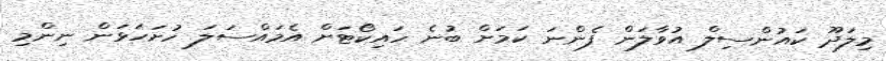
މިލަދޫ ކައުންސިލް އުވާލަން ފެންނަ ކަމަށް ބުނެ ހައިކޯޓަށް އެމައްސަލަ ހުށަހަޅަން ނިންމި